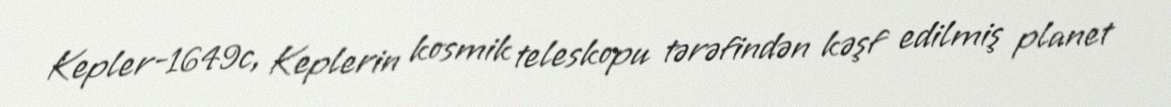
Kepler-1649c, Keplerin kosmik teleskopu tərəfindən kəşf edilmiş planet